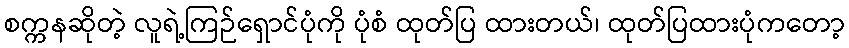
စက္ကနဆိုတဲ့ လူရဲ့ကြဉ်ရှောင်ပုံကို ပုံစံ ထုတ်ပြ ထားတယ်၊ ထုတ်ပြထားပုံကတော့